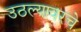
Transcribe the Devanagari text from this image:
उठल्यावरचे